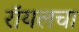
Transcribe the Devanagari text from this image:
रॉयलचा